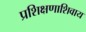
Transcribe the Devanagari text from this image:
प्रशिक्षणाशिवाय